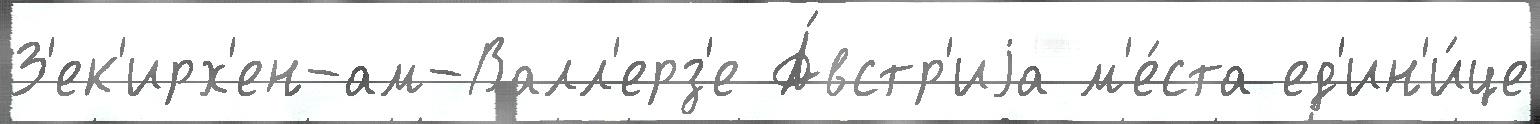
З'ек'ирх'ен-ам-Валл'ерз'е А́встр'иjа м'е́ста ед'ин'и́це